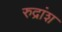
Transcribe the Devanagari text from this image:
रुद्रांश